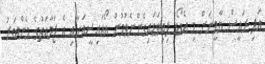
އަދި ރައީސް ޔާމީނަށް މި އެވޯޑު ލިބިވަޑައިގެންނެވުމުން އޯއައިސީއަށާއި އެ ޖަމާއަތުގެ މެންބަރު